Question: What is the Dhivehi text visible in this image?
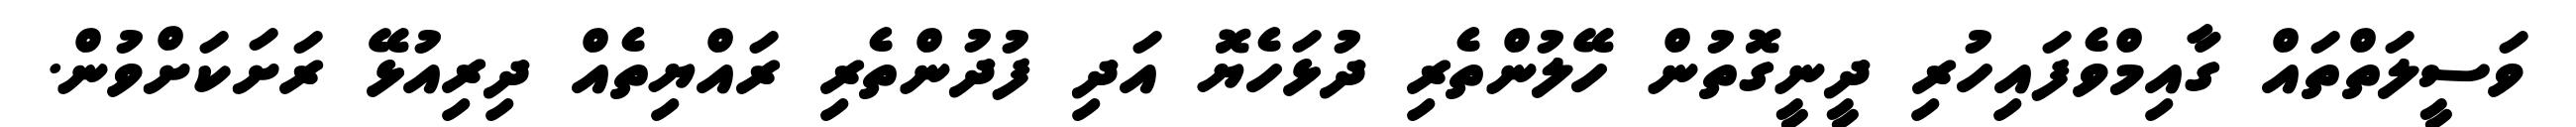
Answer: ވަސީލަތްތައް ގާއިމްވެފައިހުރި ދީނީގޮތުން ހޭލުންތެރި ދުޅަހެޔޮ އަދި ފުދުންތެރި ރައްޔިތެއް ދިރިއުޅޭ ރަށަކަށްވުން.